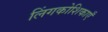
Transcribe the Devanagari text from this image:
लिंगकोशिकाएँ